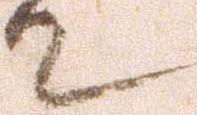
て